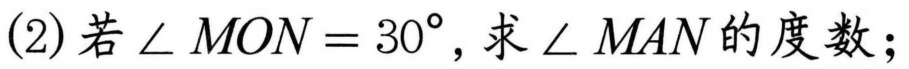
(2)若\(\angle MON = 30^{\circ}\),求\(\angle MAN\)的度数；